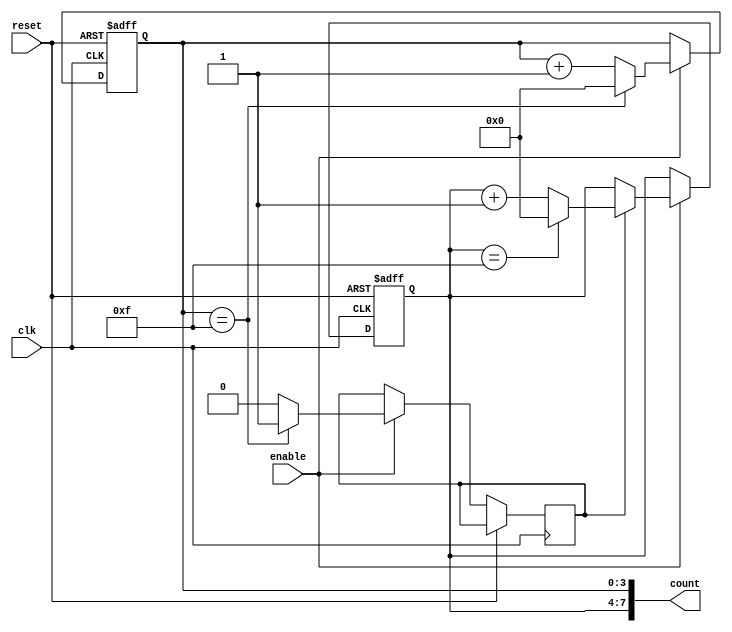
module cascaded_counter (
    input wire clk,            // Clock signal
    input wire reset,          // Reset signal
    input wire enable,         // Enable signal
    output wire [7:0] count    // Combined output from both counter stages
);

    // Internal signals for carry propagation
    wire carry1;

    // First 4-bit counter stage
    reg [3:0] counter1;
    always @(posedge clk or posedge reset) begin
        if (reset) begin
            counter1 <= 4'b0000;
        end else if (enable) begin
            if (counter1 == 4'b1111) begin
                counter1 <= 4'b0000; // Reset to 0 on overflow
                carry1 <= 1'b1;      // Generate carry
            end else begin
                counter1 <= counter1 + 1'b1;
                carry1 <= 1'b0;      // No carry
            end
        end
    end

    // Second 4-bit counter stage
    reg [3:0] counter2;
    always @(posedge clk or posedge reset) begin
        if (reset) begin
            counter2 <= 4'b0000;
        end else if (enable) begin
            if (carry1) begin
                if (counter2 == 4'b1111) begin
                    counter2 <= 4'b0000; // Reset to 0 on overflow
                end else begin
                    counter2 <= counter2 + 1'b1;
                end
            end
        end
    end

    // Combined output
    assign count = {counter2, counter1}; // Final output is 8 bits

endmodule